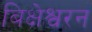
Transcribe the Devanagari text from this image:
बिक्षेश्वरन